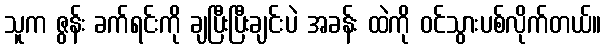
သူက ဇွန်း ခက်ရင်းကို ချပြီးပြီးချင်းပဲ အခန်း ထဲကို ဝင်သွားပစ်လိုက်တယ်။